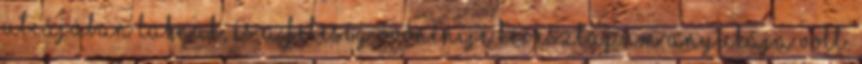
utcájában laknak, és a feleség óvónénije keresztapum anyukája volt.